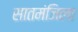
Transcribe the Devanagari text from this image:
सातमंजिला